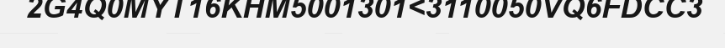
2G4Q0MYT16KHM5001301<3110050VQ6FDCC3